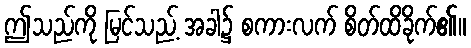
ဤသည်ကို မြင်သည့် အခါ၌ စကားလက် စိတ်ထိခိုက်၏။